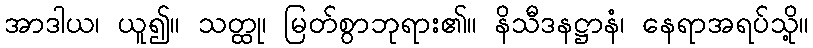
အာဒါယ၊ ယူ၍။ သတ္ထု၊ မြတ်စွာဘုရား၏။ နိသီဒနဋ္ဌာနံ၊ နေရာအရပ်သို့။